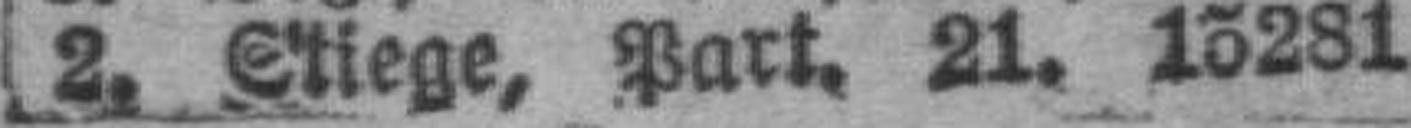
2. Stiege, Part. 21. 15281